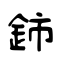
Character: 鈰